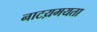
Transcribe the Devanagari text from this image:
नाटय़मयता